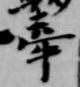
牽